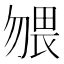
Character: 𱐼